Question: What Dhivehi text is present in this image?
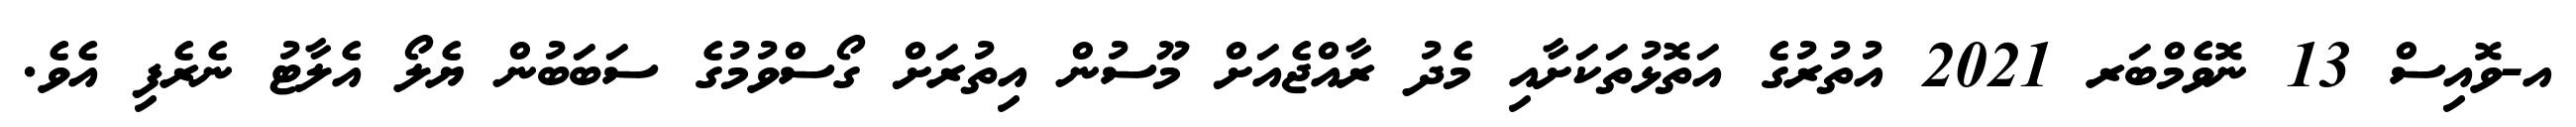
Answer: އ-ވޮއިސް 13 ނޮވެމްބަރ 2021 އުތުރުގެ އަތޮޅުތަކަށާއި މެދު ރާއްޖެއަށް މޫސުން އިތުރަށް ގޯސްވުމުގެ ސަބަބުން ޔެލޯ އެލާޓު ނެރެފި އެވެ.